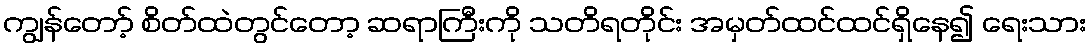
ကျွန်တော့် စိတ်ထဲတွင်တော့ ဆရာကြီးကို သတိရတိုင်း အမှတ်ထင်ထင်ရှိနေ၍ ရေးသား